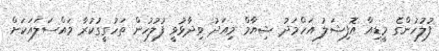
ފުލުހުންގެ މީޑިއާ އޮފިޝަލު އަހްމަދު ޝިޔާމް މިއަދު ވިދާޅުވީ ފުލުހުން ތަހުގީގުކުރާ މައްސަލައަކަށް